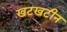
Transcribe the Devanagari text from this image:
खटखटीन